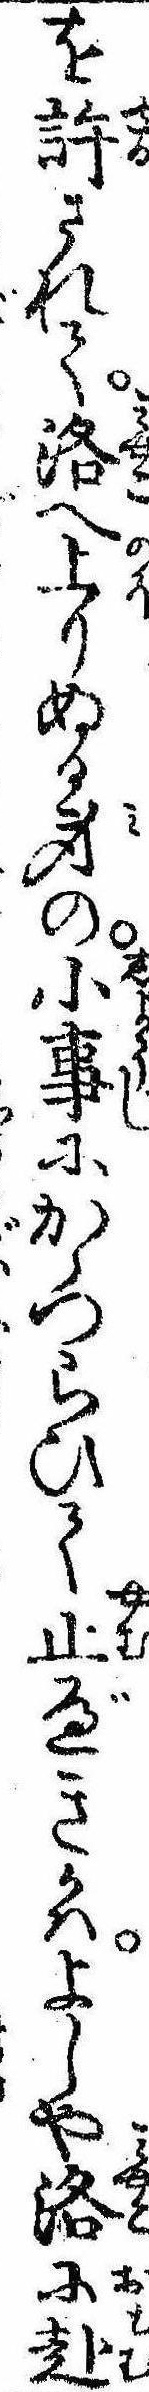
を許されて洛へ上りぬる身の小事にかゝつらひて止べきかはよしや洛に赴